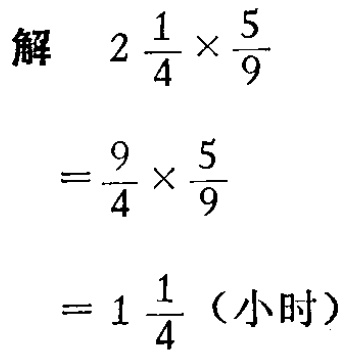
解

\[

\begin{align*}

2\frac{1}{4}\times\frac{5}{9}&\\

=\frac{9}{4}\times\frac{5}{9}&\\

= 1\frac{1}{4} \text{（小时）}&

\end{align*}

\]